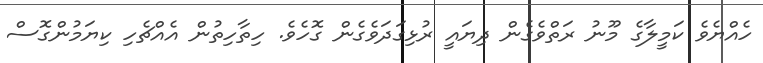
ހެއްޔެވެ ކަމީލާގެ މޫނު ރަތްވެގެން ދިޔައީ ރުޅިގަދަވެގެން ގޮހެވެ. ހިތާހިތުން އެއްޗެހި ކިޔަމުންގޮސް